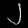
Digit: ၂